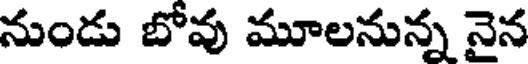
నుండు బోవు మూలనున్న నైన